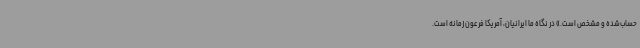
حساب‌شده و مشخص است.» در نگاه ما ایرانیان، آمریکا فرعون زمانه است.